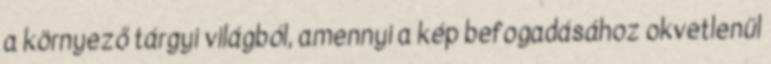
a környező tárgyi világból, amennyi a kép befogadásához okvetlenül